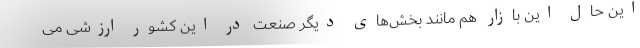
این حال این بازار هم مانند بخش‌های دیگر صنعت در این کشور ارزشی می